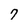
Character: 7